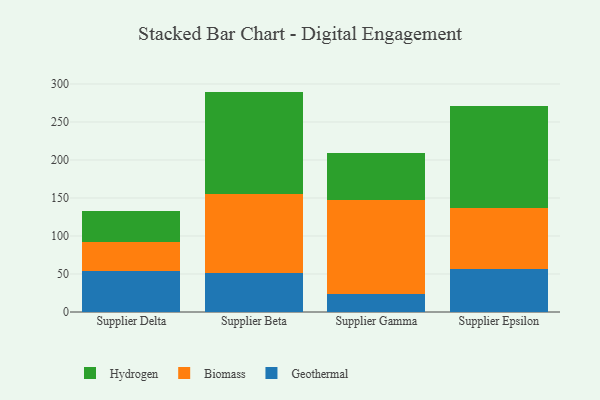
{"axis": {"x": "Supplier", "y": "Market Share (%)"}, "legend": ["Biomass", "Geothermal", "Hydrogen"], "data": [{"x": "Supplier Delta", "y": 54.1, "type": "Geothermal"}, {"x": "Supplier Delta", "y": 37.7, "type": "Biomass"}, {"x": "Supplier Delta", "y": 41.3, "type": "Hydrogen"}, {"x": "Supplier Beta", "y": 50.7, "type": "Geothermal"}, {"x": "Supplier Beta", "y": 105.1, "type": "Biomass"}, {"x": "Supplier Beta", "y": 134.2, "type": "Hydrogen"}, {"x": "Supplier Gamma", "y": 23.9, "type": "Geothermal"}, {"x": "Supplier Gamma", "y": 123.2, "type": "Biomass"}, {"x": "Supplier Gamma", "y": 62.0, "type": "Hydrogen"}, {"x": "Supplier Epsilon", "y": 56.2, "type": "Geothermal"}, {"x": "Supplier Epsilon", "y": 80.2, "type": "Biomass"}, {"x": "Supplier Epsilon", "y": 134.1, "type": "Hydrogen"}]}